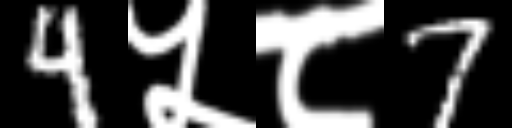
Text: 4५८7